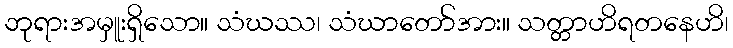
ဘုရားအမှူးရှိသော။ သံဃဿ၊ သံဃာတော်အား။ သတ္တာဟိရတနေဟိ၊